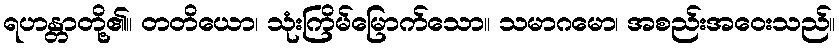
ရဟန္တာတို့၏။ တတိယော၊ သုံးကြိမ်မြောက်သော။ သမာဂမော၊ အစည်းအဝေးသည်။